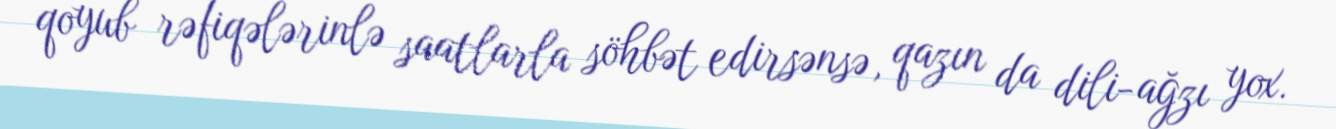
qoyub rəfiqələrinlə saatlarla söhbət edirsənsə, qazın da dili-ağzı yox.